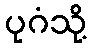
ပုဂံသို့